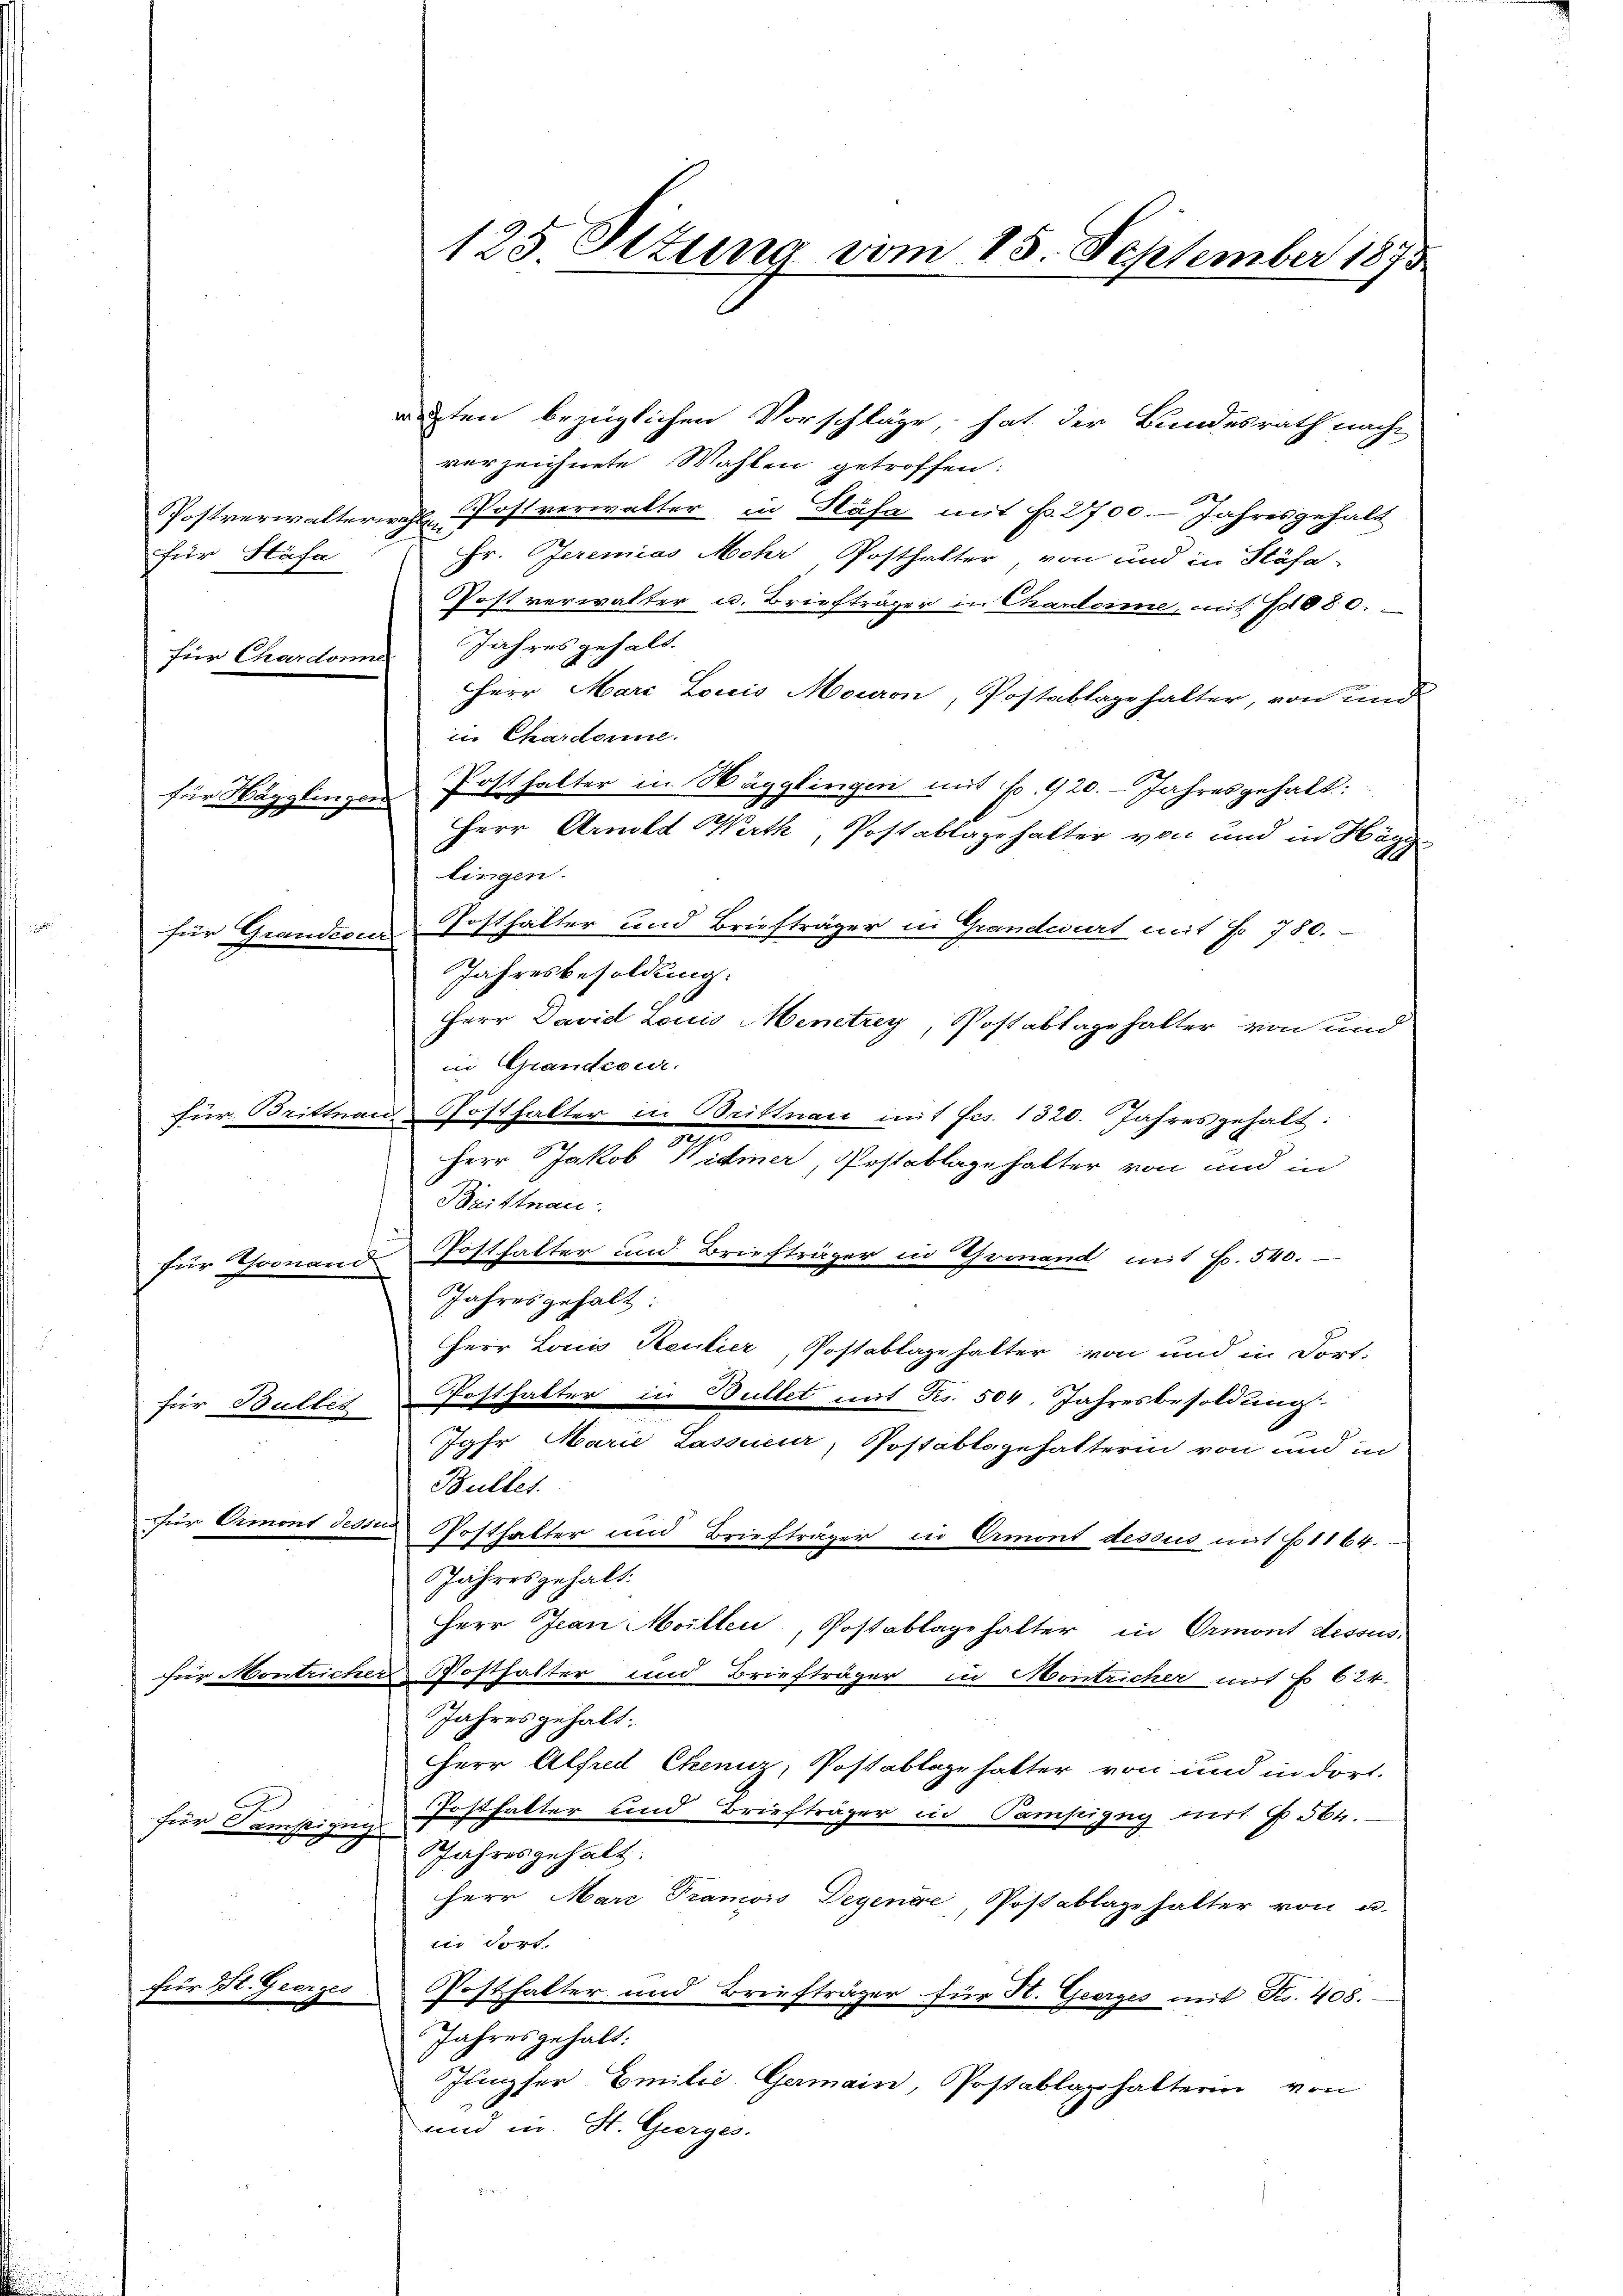
für Häfa
für Chardonne

für Hägglingens
e

für Grandcour

für Thoonand

für Bulles
für Diment dessen

für Dampizug

für St. Geerges

recten bezüglichen Vorschläge, hat der Bundesrath nach
verzeichnete Wahlen getroffen:
Postverwalterne Postverwalter in Stäfa mit fr. 2700.- Jahresgehalt
Fr. Jeremias Mohr Posthalter, von und in Stähe-
Postverwalter u. Briefträger in Chardonne, mit 10080.
Jahres gehalt.
Herr Marc Louis Mouron, Postablagehalter, von und
in Chardonne.
Posthalter in Wägglingen mit No. 920. Jahresgehalt:
Herr Arnold Werth, Postablagehalter von und in Hagg
lingen.
Posthalter und Briefträger in Grandwirt mit No 780.
Jahresbesoldung.
Herr David Louis Menetrey, Postablagehalter von und
in Grandcour.
für Brittnau & Posthalter in Brittnac mit Frs. 1320. Jahres gehalt:
e
Herr Jakob Widmer, Postablage halter von und in
Brittnau
Posthalter und Briefträger in Gronand mit Fr. 540.
Jahres gehalt:
Herr Louis Keulier, Postablagehalter von und in Fort-
Posthalter in Bullet mit Nr. 504, Jahresbesoldung.
Jahr Marie Lassieur, Postabtsgehalterin von und in
Bullet.
Posthalter und Briefträger in Ormont dessus mit 61164.
Jahresgehalt.
Herr Jean Moillen, Postablage halter in Ormont dessus
für Montricher Posthalter und Briefträger in Montricher mit E 624.
Jahresgehalt.
Herr Alfred Ekennz, Postablage halter von und in dort.
Fosthalter und Briefträger in Campizug mit § 56.
Jahresgehalt:
Herr Mare Tramois Degende, Postablage halter von u.
i fort.
Posthalter und Briefträger für H. Geerges mit Fr. 408.
Jahres gehalt:
Jungfer Emilie Germain, Postablaphalterin von
und in St. Gierges.

125. Stung vom 15. September 1875